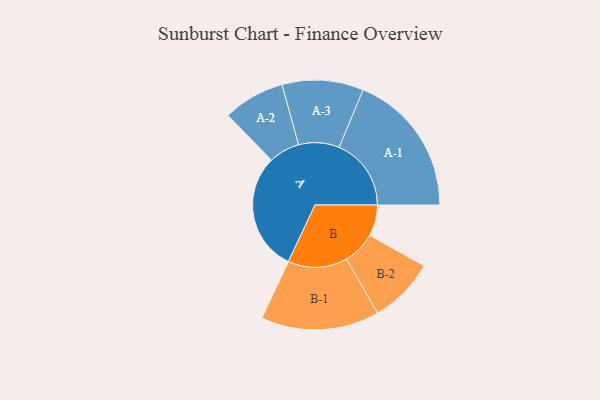
{"axis": {"x": "Segment", "y": "Value"}, "legend": ["", "A", "B"], "data": [{"x": "A", "y": 460, "type": ""}, {"x": "B", "y": 121, "type": ""}, {"x": "A-1", "y": 280, "type": "A"}, {"x": "A-2", "y": 120, "type": "A"}, {"x": "A-3", "y": 158, "type": "A"}, {"x": "B-1", "y": 230, "type": "B"}, {"x": "B-2", "y": 128, "type": "B"}]}